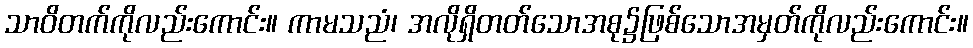
သာဝိတက်ကိုလည်းကောင်း။ ကာမသညံ၊ အလိုရှိတတ်သောအစု၌ဖြစ်သောအမှတ်ကိုလည်းကောင်း။